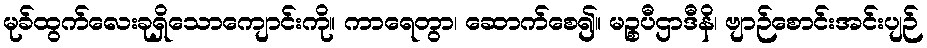
မုခ်ထွက်လေးခုရှိသောကျောင်းကို။ ကာရေတွာ၊ ဆောက်စေ၍။ မဉ္စပီဌာဒီနိ၊ ဗျာဉ်စောင်းအင်းပျဉ်